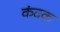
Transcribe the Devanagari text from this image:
कंदक